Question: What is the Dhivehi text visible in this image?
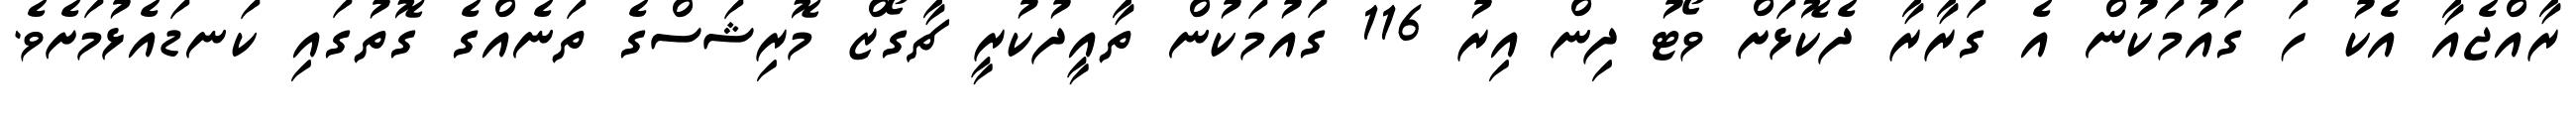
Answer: ރާއްޖެއާ އެކު ހަ ގައުމަކުން އެ ގަރާރާ ދެކޮޅަށް ވޯޓު ދިން އިރު 116 ގައުމަކުން ތާއީދުކުރީ ޗާގޯޒް މޮރިޝަސްގެ ތަނެއްގެ ގޮތުގައި ކަނޑައެޅުމަށެވެ.